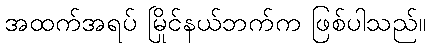
အထက်အရပ် မြိုင်နယ်ဘက်က ဖြစ်ပါသည်။